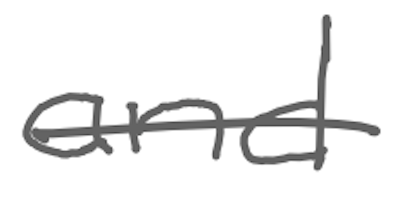
Text: and
Cross-out: single-line
Writing tool: digital_gray